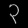
Digit: ၃